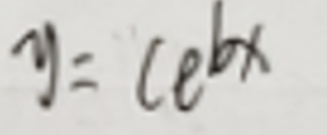
$y = c e ^ { b x }$